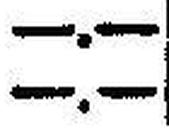
—.—